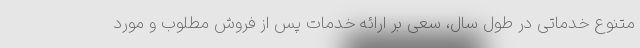
متنوع خدماتی در طول سال، سعی بر ارائه خدمات پس از فروش مطلوب و مورد